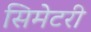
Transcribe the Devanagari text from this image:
सिमेटरी